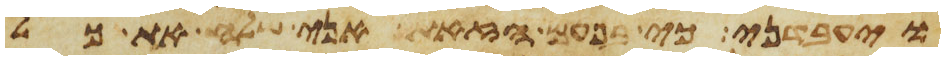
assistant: ויעבדני כי בפעם הזאת אני שלח את כל